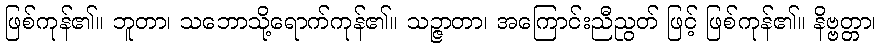
ဖြစ်ကုန်၏။ ဘူတာ၊ သဘောသို့ရောက်ကုန်၏။ သဉ္ဇာတာ၊ အကြောင်းညီညွတ် ဖြင့် ဖြစ်ကုန်၏။ နိဗ္ဗတ္တာ၊